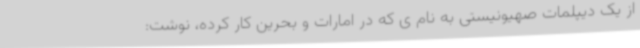
از یک دیپلمات صهیونیستی به نام ی که در امارات و بحرین کار کرده، نوشت: